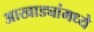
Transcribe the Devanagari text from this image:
आखाड्यांमध्ये